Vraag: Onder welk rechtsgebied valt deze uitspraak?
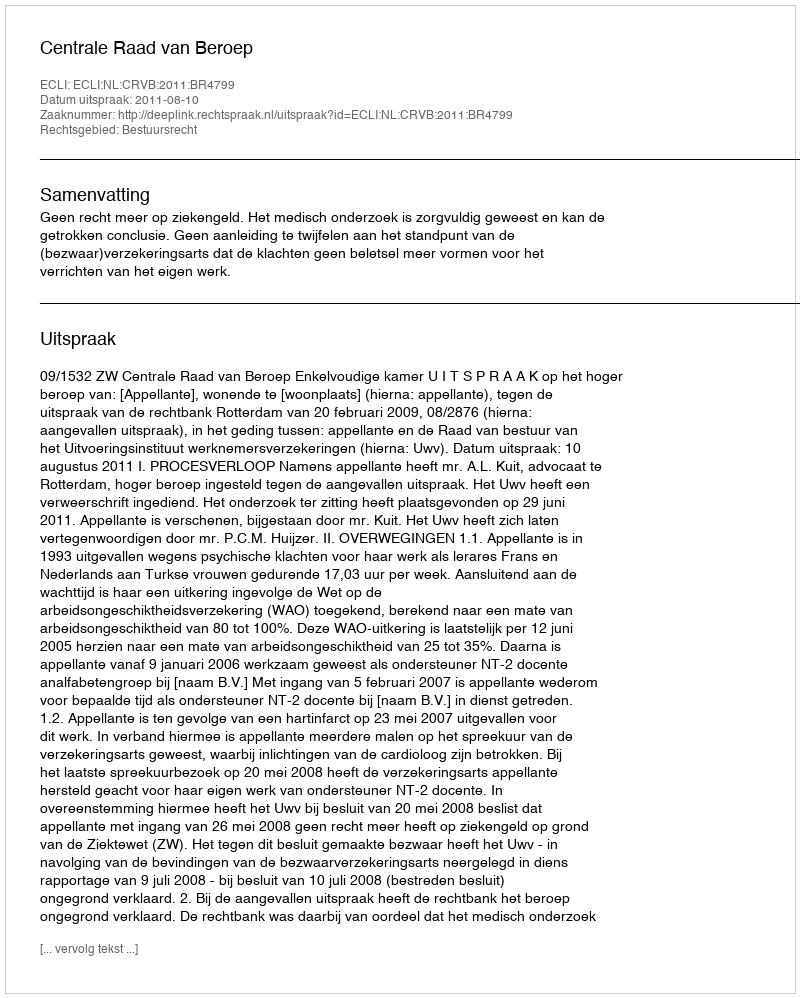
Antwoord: Bestuursrecht